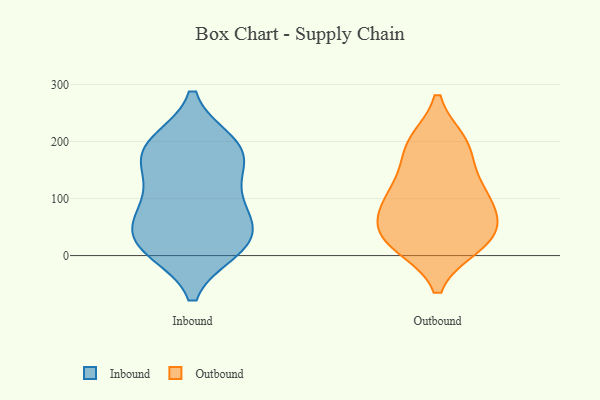
{"axis": {"x": "Market Share (%)", "y": "Value"}, "legend": ["Inbound", "Outbound"], "data": [{"x": "", "y": 81, "type": "Inbound"}, {"x": "", "y": 130, "type": "Inbound"}, {"x": "", "y": 39, "type": "Inbound"}, {"x": "", "y": 18, "type": "Inbound"}, {"x": "", "y": 12, "type": "Inbound"}, {"x": "", "y": 16, "type": "Inbound"}, {"x": "", "y": 188, "type": "Inbound"}, {"x": "", "y": 197, "type": "Inbound"}, {"x": "", "y": 170, "type": "Inbound"}, {"x": "", "y": 26, "type": "Inbound"}, {"x": "", "y": 87, "type": "Inbound"}, {"x": "", "y": 74, "type": "Inbound"}, {"x": "", "y": 194, "type": "Inbound"}, {"x": "", "y": 168, "type": "Inbound"}, {"x": "", "y": 20, "type": "Outbound"}, {"x": "", "y": 186, "type": "Outbound"}, {"x": "", "y": 93, "type": "Outbound"}, {"x": "", "y": 197, "type": "Outbound"}, {"x": "", "y": 50, "type": "Outbound"}, {"x": "", "y": 121, "type": "Outbound"}, {"x": "", "y": 68, "type": "Outbound"}, {"x": "", "y": 42, "type": "Outbound"}, {"x": "", "y": 96, "type": "Outbound"}, {"x": "", "y": 197, "type": "Outbound"}, {"x": "", "y": 125, "type": "Outbound"}, {"x": "", "y": 24, "type": "Outbound"}, {"x": "", "y": 19, "type": "Outbound"}]}